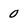
Character: 0